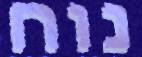
נוח